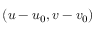
( u - u _ { 0 } , v - v _ { 0 } )